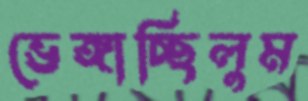
ভেঙ্গাচ্ছিলুম